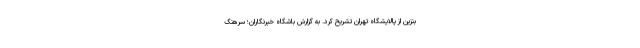
بنزین از پالایشگاه تهران تشریح کرد. به گزارش باشگاه خبرنگاران؛ سرهنگ